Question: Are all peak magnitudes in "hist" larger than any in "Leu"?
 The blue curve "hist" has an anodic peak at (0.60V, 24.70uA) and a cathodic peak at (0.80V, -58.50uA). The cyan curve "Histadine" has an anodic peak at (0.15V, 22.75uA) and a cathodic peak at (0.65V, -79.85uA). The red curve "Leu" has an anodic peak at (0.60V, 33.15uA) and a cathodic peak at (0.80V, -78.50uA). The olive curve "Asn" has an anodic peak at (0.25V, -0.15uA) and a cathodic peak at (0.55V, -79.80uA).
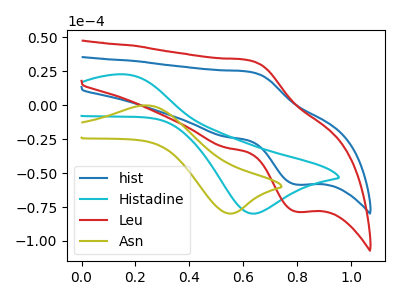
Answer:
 <answer>Every peak in "hist" is lower than every peak in "Leu".</answer>
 <eval>lower</eval>